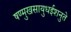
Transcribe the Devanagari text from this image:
षण्मुखसायुधईशनुते